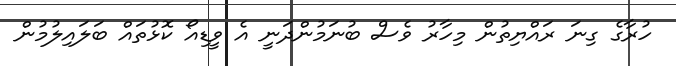
ހުރާގެ ގިނަ ރައްޔިތުން މިހާރު ވެސް ބުނަމުންދަނީ އެ ވީޑިއޯ ކޮޅުތައް ބަލައިލުމުން